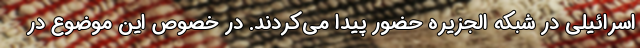
اسرائیلی در شبکه الجزیره حضور پیدا می‌کردند. در خصوص این موضوع در